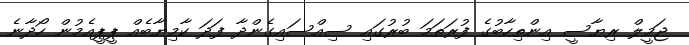
ޖަމީލް ރިޔާސީ އިންތިހާބުގެ ފުރަތަމަ ބުރުގައި ސިއްސައިގެންދާ ފަދަ ކާމިޔާބެއް ޕީޕީއެމުން ހޯދާނެ